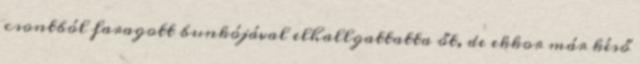
csontból faragott bunkójával elhallgattatta őt, de ekkor már késő